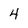
Character: 4